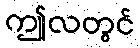
ဤလတွင်